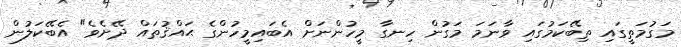
މަގުމަތީގައި ތިބޭކަމުގައި ވާނަމަ މަގުން ހިނގާ މީހުންނަށް އެބައިމީހުންގެ ޙައްޤުތައް ދޭށެވެ" އެބޭކަލުން